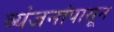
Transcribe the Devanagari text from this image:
व्यंजनांपासून